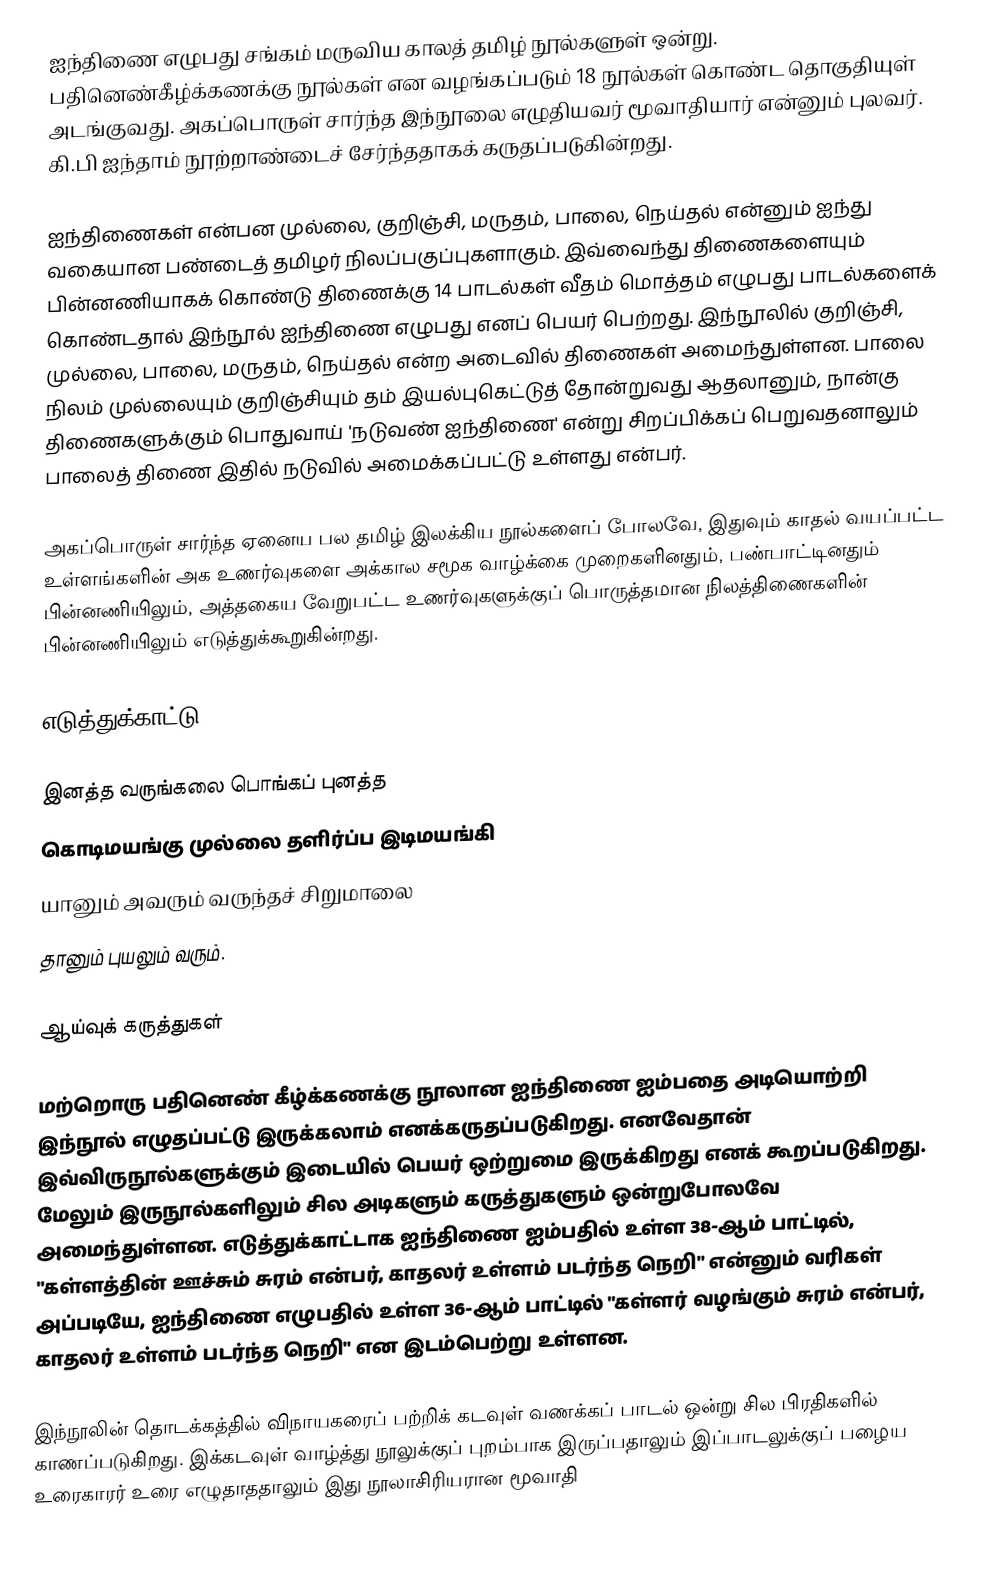
ஐந்திணை எழுபது சங்கம் மருவிய காலத் தமிழ் நூல்களுள் ஒன்று. பதினெண்கீழ்க்கணக்கு நூல்கள் என வழங்கப்படும் 18 நூல்கள் கொண்ட தொகுதியுள் அடங்குவது. அகப்பொருள் சார்ந்த இந்நூலை எழுதியவர் மூவாதியார் என்னும் புலவர். கி.பி ஐந்தாம் நூற்றாண்டைச் சேர்ந்ததாகக் கருதப்படுகின்றது.

ஐந்திணைகள் என்பன முல்லை, குறிஞ்சி, மருதம், பாலை, நெய்தல் என்னும் ஐந்து வகையான பண்டைத் தமிழர் நிலப்பகுப்புகளாகும். இவ்வைந்து திணைகளையும் பின்னணியாகக் கொண்டு திணைக்கு 14 பாடல்கள் வீதம் மொத்தம் எழுபது பாடல்களைக் கொண்டதால் இந்நூல் ஐந்திணை எழுபது எனப் பெயர் பெற்றது. இந்நூலில் குறிஞ்சி, முல்லை, பாலை, மருதம், நெய்தல் என்ற அடைவில் திணைகள் அமைந்துள்ளன. பாலை நிலம் முல்லையும் குறிஞ்சியும் தம் இயல்புகெட்டுத் தோன்றுவது ஆதலானும், நான்கு திணைகளுக்கும் பொதுவாய் 'நடுவண் ஐந்திணை' என்று சிறப்பிக்கப் பெறுவதனாலும் பாலைத் திணை இதில் நடுவில் அமைக்கப்பட்டு உள்ளது என்பர்.

அகப்பொருள் சார்ந்த ஏனைய பல தமிழ் இலக்கிய நூல்களைப் போலவே, இதுவும் காதல் வயப்பட்ட உள்ளங்களின் அக உணர்வுகளை அக்கால சமூக வாழ்க்கை முறைகளினதும், பண்பாட்டினதும் பின்னணியிலும், அத்தகைய வேறுபட்ட உணர்வுகளுக்குப் பொருத்தமான நிலத்திணைகளின் பின்னணியிலும் எடுத்துக்கூறுகின்றது.

எடுத்துக்காட்டு

 இனத்த வருங்கலை பொங்கப் புனத்த
 கொடிமயங்கு முல்லை தளிர்ப்ப இடிமயங்கி
 யானும் அவரும் வருந்தச் சிறுமாலை
 தானும் புயலும் வரும்.

ஆய்வுக் கருத்துகள்

மற்றொரு பதினெண் கீழ்க்கணக்கு நூலான ஐந்திணை ஐம்பதை அடியொற்றி இந்நூல் எழுதப்பட்டு இருக்கலாம் எனக்கருதப்படுகிறது. எனவேதான் இவ்விருநூல்களுக்கும் இடையில் பெயர் ஒற்றுமை இருக்கிறது எனக் கூறப்படுகிறது. மேலும் இருநூல்களிலும் சில அடிகளும் கருத்துகளும் ஒன்றுபோலவே அமைந்துள்ளன. எடுத்துக்காட்டாக ஐந்திணை ஐம்பதில் உள்ள 38-ஆம் பாட்டில், "கள்ளத்தின் ஊச்சும் சுரம் என்பர், காதலர் உள்ளம் படர்ந்த நெறி" என்னும் வரிகள் அப்படியே, ஐந்திணை எழுபதில் உள்ள 36-ஆம் பாட்டில் "கள்ளர் வழங்கும் சுரம் என்பர், காதலர் உள்ளம் படர்ந்த நெறி" என இடம்பெற்று உள்ளன.

இந்நூலின் தொடக்கத்தில் விநாயகரைப் பற்றிக் கடவுள் வணக்கப் பாடல் ஒன்று சில பிரதிகளில் காணப்படுகிறது. இக்கடவுள் வாழ்த்து நூலுக்குப் புறம்பாக இருப்பதாலும் இப்பாடலுக்குப் பழைய உரைகாரர் உரை எழுதாததாலும் இது நூலாசிரியரான மூவாதி